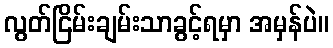
လွတ်ငြိမ်းချမ်းသာခွင့်ရမှာ အမှန်ပဲ။